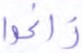
زاغوا